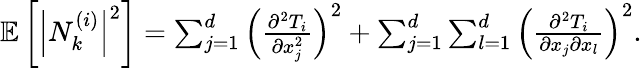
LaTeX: \begin{array}{r}{\mathbb{E}\left[\left|N_{k}^{(i)}\right|^{2}\right]=\sum_{j=1}^{d}\left(\frac{\partial^{2}T_{i}}{\partial x_{j}^{2}}\right)^{2}+\sum_{j=1}^{d}\sum_{l=1}^{d}\left(\frac{\partial^{2}T_{i}}{\partial x_{j}\partial x_{l}}\right)^{2}.}\end{array}